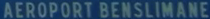
AEROPORT BENSlimane